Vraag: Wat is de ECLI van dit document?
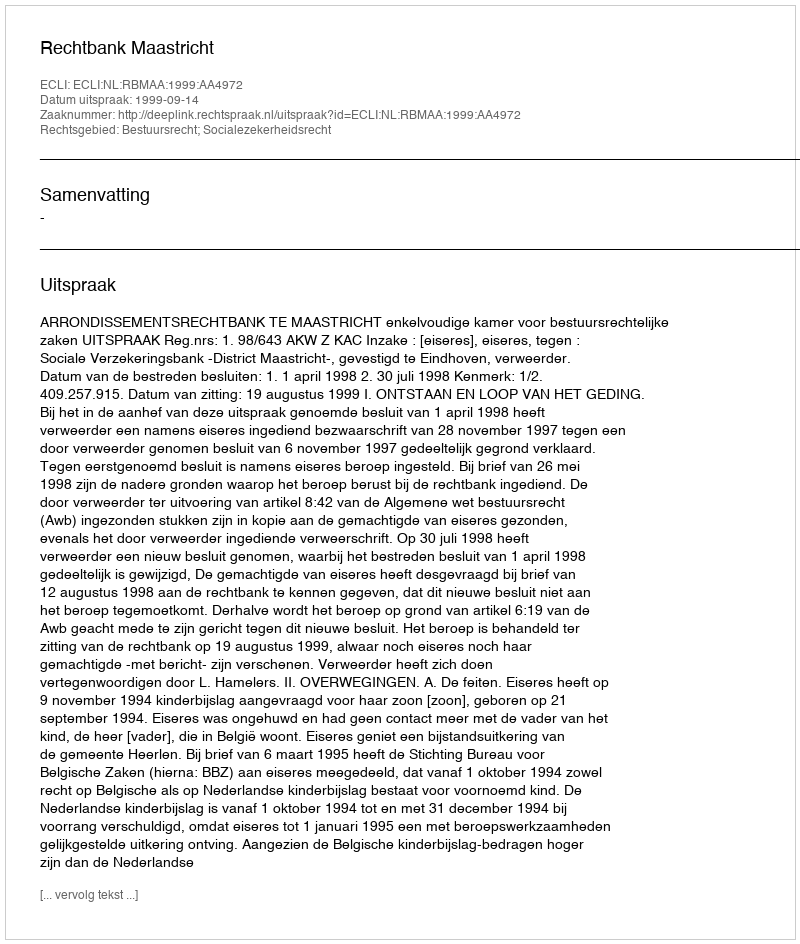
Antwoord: ECLI:NL:RBMAA:1999:AA4972